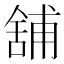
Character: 舖